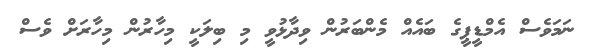
ނަމަވެސް އެމްޑީޕީގެ ބައެއް މެންބަރުން ވިދާޅުވީ މި ބިލަކީ މިހާރުން މިހާރަށް ވެސް